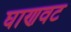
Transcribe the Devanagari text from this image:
घाणवट